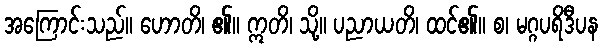
အကြောင်းသည်။ ဟောတိ၊ ၏။ ဣတိ၊ သို့။ ပညာယတိ၊ ထင်၏။ စ၊ မဂ္ဂပရိဒီပန